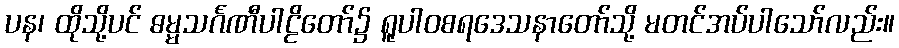
ပန၊ ထိုသို့ပင် ဓမ္မသင်္ဂဏီပါဠိတော်၌ ရူပါဝစရဒေသနာတော်သို့ မတင်အပ်ပါသော်လည်း။